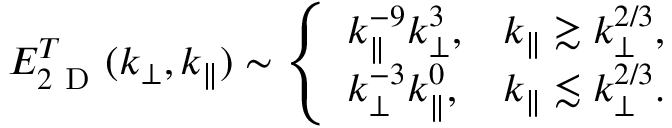
\begin{array} { r } { E _ { 2 \mathrm { ~ D ~ } } ^ { T } ( k _ { \perp } , k _ { \parallel } ) \sim \left\{ \begin{array} { l l } { \displaystyle k _ { \parallel } ^ { - 9 } k _ { \perp } ^ { 3 } , } & { \displaystyle k _ { \parallel } \gtrsim k _ { \perp } ^ { 2 / 3 } , } \\ { \displaystyle k _ { \perp } ^ { - 3 } k _ { \parallel } ^ { 0 } , } & { \displaystyle k _ { \parallel } \lesssim k _ { \perp } ^ { 2 / 3 } . } \end{array} \right. } \end{array}